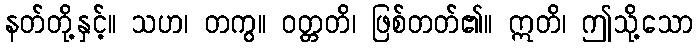
နတ်တို့နှင့်။ သဟ၊ တကွ။ ဝတ္တတိ၊ ဖြစ်တတ်၏။ ဣတိ၊ ဤသို့သော